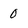
Character: 0